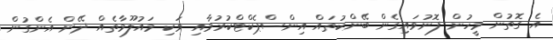
އެ ގޮތުން މީހުން ފޮނުވައިގެން ބޭންކުތައް އިންސްޕެކްޓްކުރުމާއި ވަކި މައުލޫމާތެއް ދޭން އެންގުން